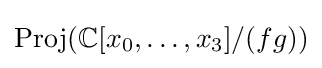
{\text{Proj}}(\mathbb {C} [x_{0},\ldots ,x_{3}]/(fg))